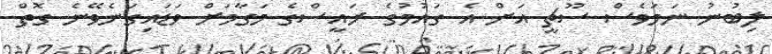
ލިބުނު ނަމަވެސް ސޫޗީ އަށް އެ ގައުމުގެ ރައީސްގެ މަގާމަށް ވަޑައިގަނެވޭނެ ގޮތް